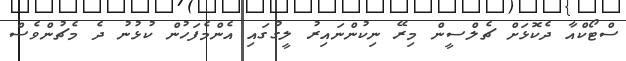
ސްޓޯކްއާ ދެކޮޅަށް ޗެލްސީން މިރޭ ނިކުންނައިރު ލީގުގައި އެންމެފަހުން ކުޅުނު ދެ މެޗުންވެސް